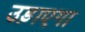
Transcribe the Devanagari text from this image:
उड़ाएगा